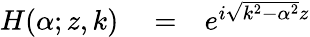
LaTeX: \begin{array}{rlr}{H(\alpha;z,k)}&{{}=}&{e^{i\sqrt{k^{2}-\alpha^{2}}z}}\end{array}